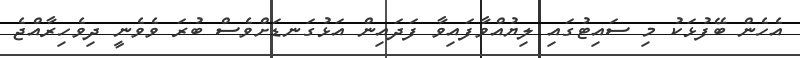
އެހެން ބޭފުޅަކު މި ސައިޓުގައި ލިޔުއްވާފައިވާ ފަދައިން އަޅުގަނޑަށްވެސް ބުރަ ވެވެނީ ދިވެހިރާއްޖެ